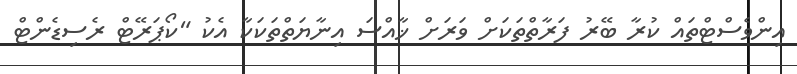
އިންވެސްޓްތައް ކުރާ ބޭރު ފަރާތްތަކަށް ވަރަށް ޚާއްސަ އިނާޔަތްތަކަކާ އެކު "ކޯޕަރޭޓް ރެސިޑެންޓް